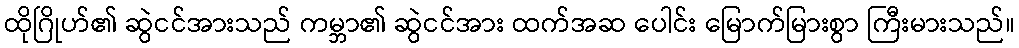
ထိုဂြိုဟ်၏ ဆွဲငင်အားသည် ကမ္ဘာ၏ ဆွဲငင်အား ထက်အဆ ပေါင်း မြောက်မြားစွာ ကြီးမားသည်။